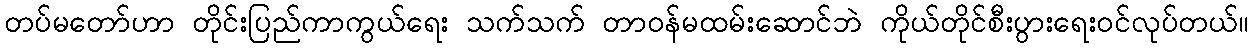
တပ်မတော်ဟာ တိုင်းပြည်ကာကွယ်ရေး သက်သက် တာဝန်မထမ်းဆောင်ဘဲ ကိုယ်တိုင်စီးပွားရေးဝင်လုပ်တယ်။